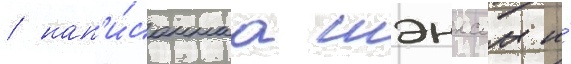
/ нап'и́саннаа шэнксом и́